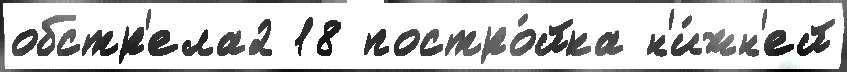
обстр'ела2 18 постро́йка н'и́жн'ей